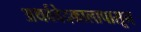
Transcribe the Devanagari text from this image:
अथर्ववेदकालापासून